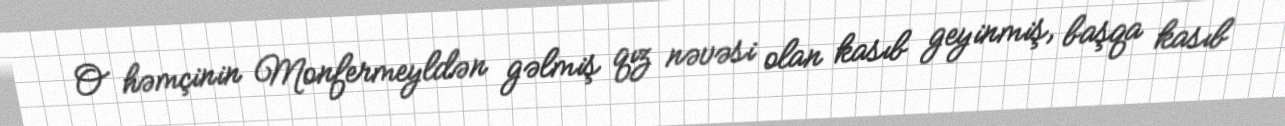
O həmçinin Monfermeyldən gəlmiş qız nəvəsi olan kasıb geyinmiş, başqa kasıb